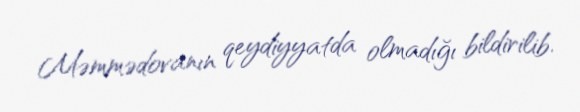
Məmmədovanın qeydiyyatda olmadığı bildirilib.